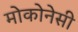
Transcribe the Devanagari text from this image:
मोकोनेसी